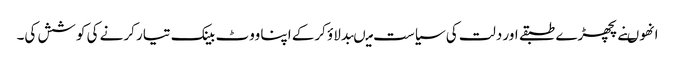
انھوںنے پچھڑے طبقے اور دلت کی سیاست میںبدلاؤ کرکے اپنا ووٹ بینک تیار کرنے کی کوشش کی۔